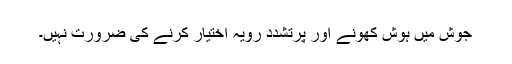
جوش میں ہوش کھونے اور پرتشدد رویہ اختیار کرنے کی ضرورت نہیں۔